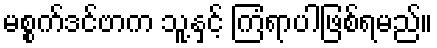
မစ္စက်ဒင်ဗာက သူ့နှင့် ကြံရာပါဖြစ်ရမည်။